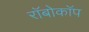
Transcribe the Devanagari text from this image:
राॅबोकाॅप